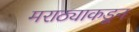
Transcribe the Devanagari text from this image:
मराठ्याकडून